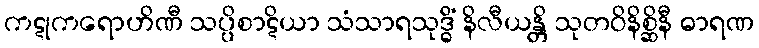
ကဋုကရောဟိဏီ သပ္ပိစာဋိယာ သံသာရသုဒ္ဓိံ နိလီယန္တိ သုတဝိနိစ္ဆိနီ ဓာရဏ